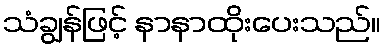
သံချွန်ဖြင့် နာနာထိုးပေးသည်။